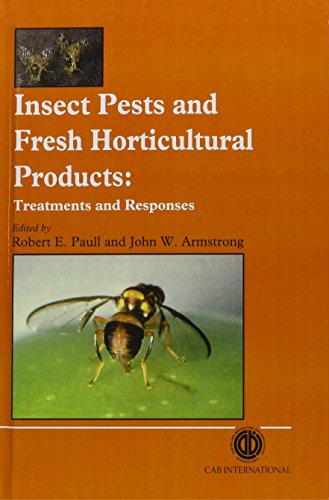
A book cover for Insect Pests and Fresh Horticultural Products: Treatments and Responses; Robert E. Paull; Crafts, Hobbies & Home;